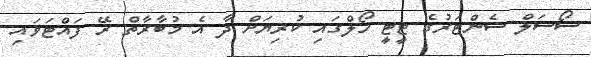
ސޯސަލް ސެންޓަރުގެ ޓީޓީ ހޯލްގައި ކުރިޔަށް ދާ އެ މުބާރާތް ރޭ ފައްޓަވައި